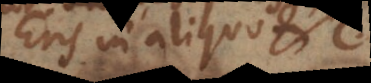
Ens in aliquo,